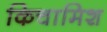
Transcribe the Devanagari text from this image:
किचामिश